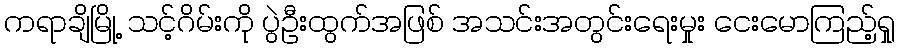
ကရာချိမြို့ သင့်ဂိမ်းကို ပွဲဦးထွက်အဖြစ် အသင်းအတွင်းရေးမှုး ငေးမောကြည့်ရှု